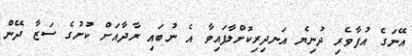
އޭނަގެ އުފާވެރި ދުނިޔެ އަނދިރިކޮށްލާފައިވާ އެ ނުބައި ރާދާއަށް ކުށުގެ ސަޒާ ދޭން